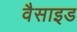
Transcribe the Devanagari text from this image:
वैसाइड